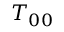
T _ { 0 0 }